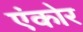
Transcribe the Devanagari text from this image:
एंकोर